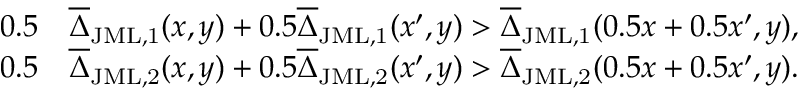
\begin{array} { r l } { 0 . 5 } & { \overline { { \Delta } } _ { \mathrm { J M L , 1 } } ( x , y ) + 0 . 5 \overline { { \Delta } } _ { \mathrm { J M L , 1 } } ( x ^ { \prime } , y ) > \overline { { \Delta } } _ { \mathrm { J M L , 1 } } ( 0 . 5 x + 0 . 5 x ^ { \prime } , y ) , } \\ { 0 . 5 } & { \overline { { \Delta } } _ { \mathrm { J M L , 2 } } ( x , y ) + 0 . 5 \overline { { \Delta } } _ { \mathrm { J M L , 2 } } ( x ^ { \prime } , y ) > \overline { { \Delta } } _ { \mathrm { J M L , 2 } } ( 0 . 5 x + 0 . 5 x ^ { \prime } , y ) . } \end{array}